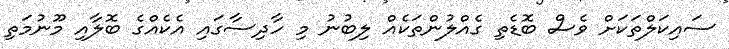
ސައިކަލްތަކަށް ވެސް ބޮޑެތި ގެއްލުންތަކެއް ލިބުނު މި ހާދިސާގައި އެކެއްގެ ބޮލާއި މޫނުމަތި